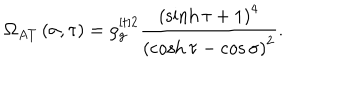
\Omega _ { A T } \left( \sigma , \tau \right) = \rho _ { g } ^ { [ t ] 2 } \frac { \left( \sinh \tau + 1 \right) ^ { 4 } } { \left( \cosh \tau - \cos \sigma \right) ^ { 2 } } .